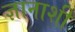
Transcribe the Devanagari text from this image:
ज्ञानाशी